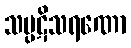
သပ္ပဋိသရဏော